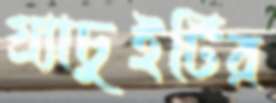
গ্র্যাচুইটির